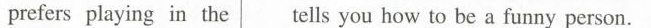
prefers playing in the tells you how to be a funny person: